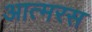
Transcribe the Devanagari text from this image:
आत्मरस